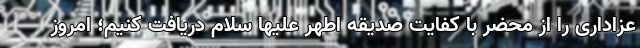
عزاداری را از محضر با کفایت صدیقه اطهر علیها سلام دریافت کنیم؛ امروز